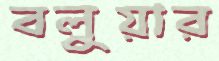
বলুয়ার